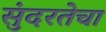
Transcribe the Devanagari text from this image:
सुंदरतेचा